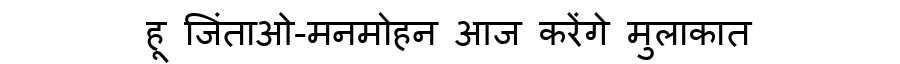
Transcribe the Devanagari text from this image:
हू जिंताओ-मनमोहन आज करेंगे मुलाकात